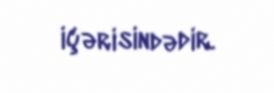
içərisindədir.